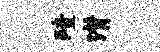
殪潸